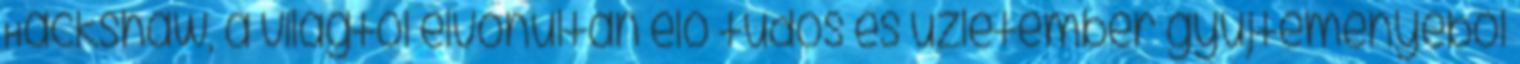
Hackshaw, a világtól elvonultan élő tudós és üzletember gyűjteményéből